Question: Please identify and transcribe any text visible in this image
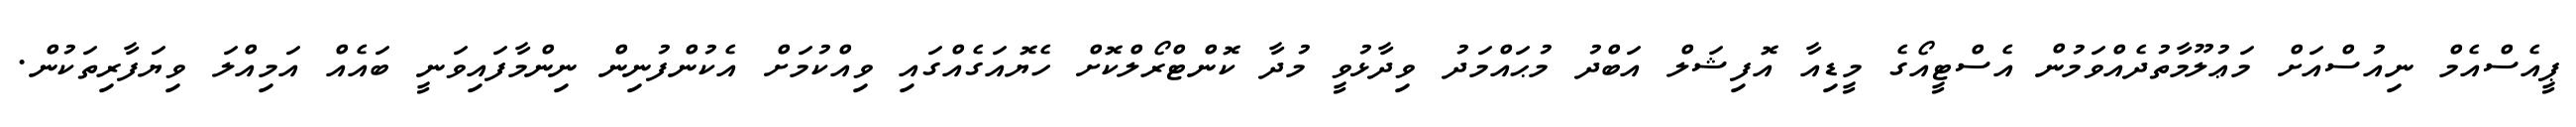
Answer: ޕީއެސްއެމް ނިއުސްއަށް މަޢުލޫމާތުދެއްވަމުން އެސްޓީއޯގެ މީޑިއާ އޮފިޝަލް އަބްދު މުޙައްމަދު ވިދާޅުވީ މުދާ ކޮންޓްރޯލްކޮށް ހެޔޮއަގެއްގައި ވިއްކުމަށް އެކުންފުނިން ނިންމާފައިވަނީ ބައެއް އަމިއްލަ ވިޔަފާރިތަކުން.